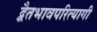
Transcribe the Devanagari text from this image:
द्वैतभावपरित्यागी